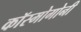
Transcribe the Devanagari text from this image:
कॉस्मोगोनी